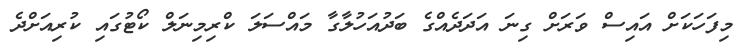
މިފަހަކަށް އައިސް ވަރަށް ގިނަ އަދަދެއްގެ ބަދުއަހުލާގާ މައްސަލަ ކްރިމިނަލް ކޯޓުގައި ކުރިއަށްދެ